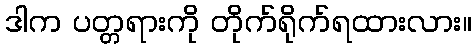
ဒါက ပတ္တရားကို တိုက်ရိုက်ရထားလား။